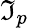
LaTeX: \mathfrak{I}_{p}